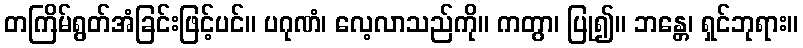
တကြိမ်ရွတ်အံခြင်းဖြင့်ပင်။ ပဂုဏံ၊ လေ့လာသည်ကို။ ကတွာ၊ ပြု၍။ ဘန္တေ၊ ရှင်ဘုရား။